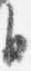
自